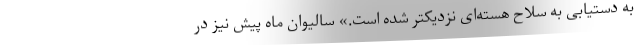
به دستیابی به سلاح هسته‌ای نزدیکتر شده است.» سالیوان ماه پیش نیز در